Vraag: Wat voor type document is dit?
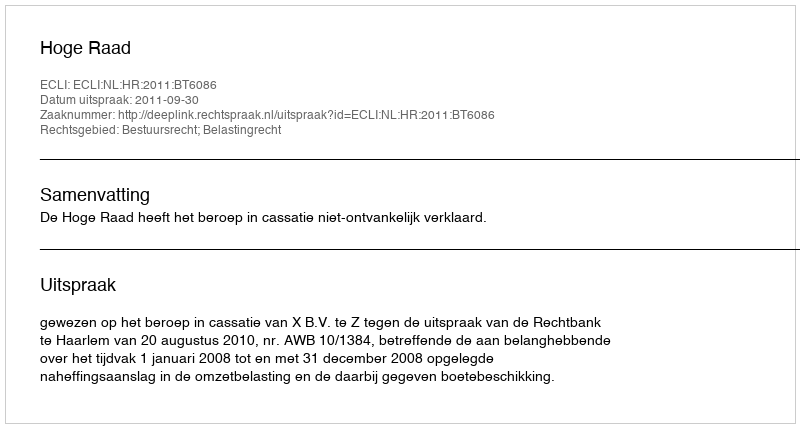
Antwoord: Uitspraak